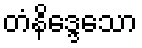
တံနိဒ္ဒေသော